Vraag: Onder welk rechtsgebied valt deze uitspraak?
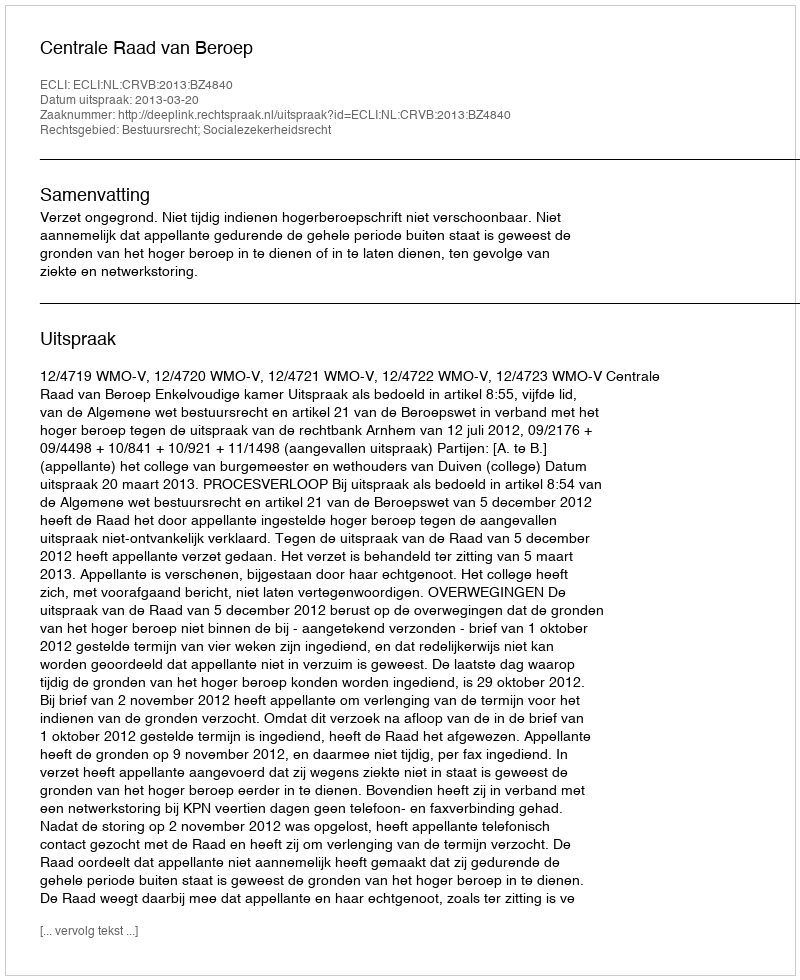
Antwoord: Bestuursrecht; Socialezekerheidsrecht